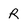
Character: R